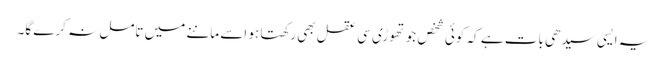
یہ ایسی سیدھی بات ہے کہ کوئی شخص جو تھوڑی سی عقل بھی رکھتا ہو اسے ماننے میں تامل نہ کرے گا۔